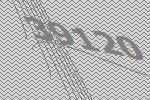
39120